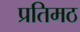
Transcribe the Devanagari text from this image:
प्रतिमठ